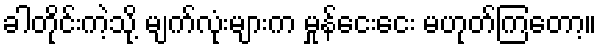
ခါတိုင်းကဲ့သို့ မျက်လုံးများက မှုန်ငေးငေး မဟုတ်ကြတော့။